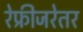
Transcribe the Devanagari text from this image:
रेफ्रीजरेतर